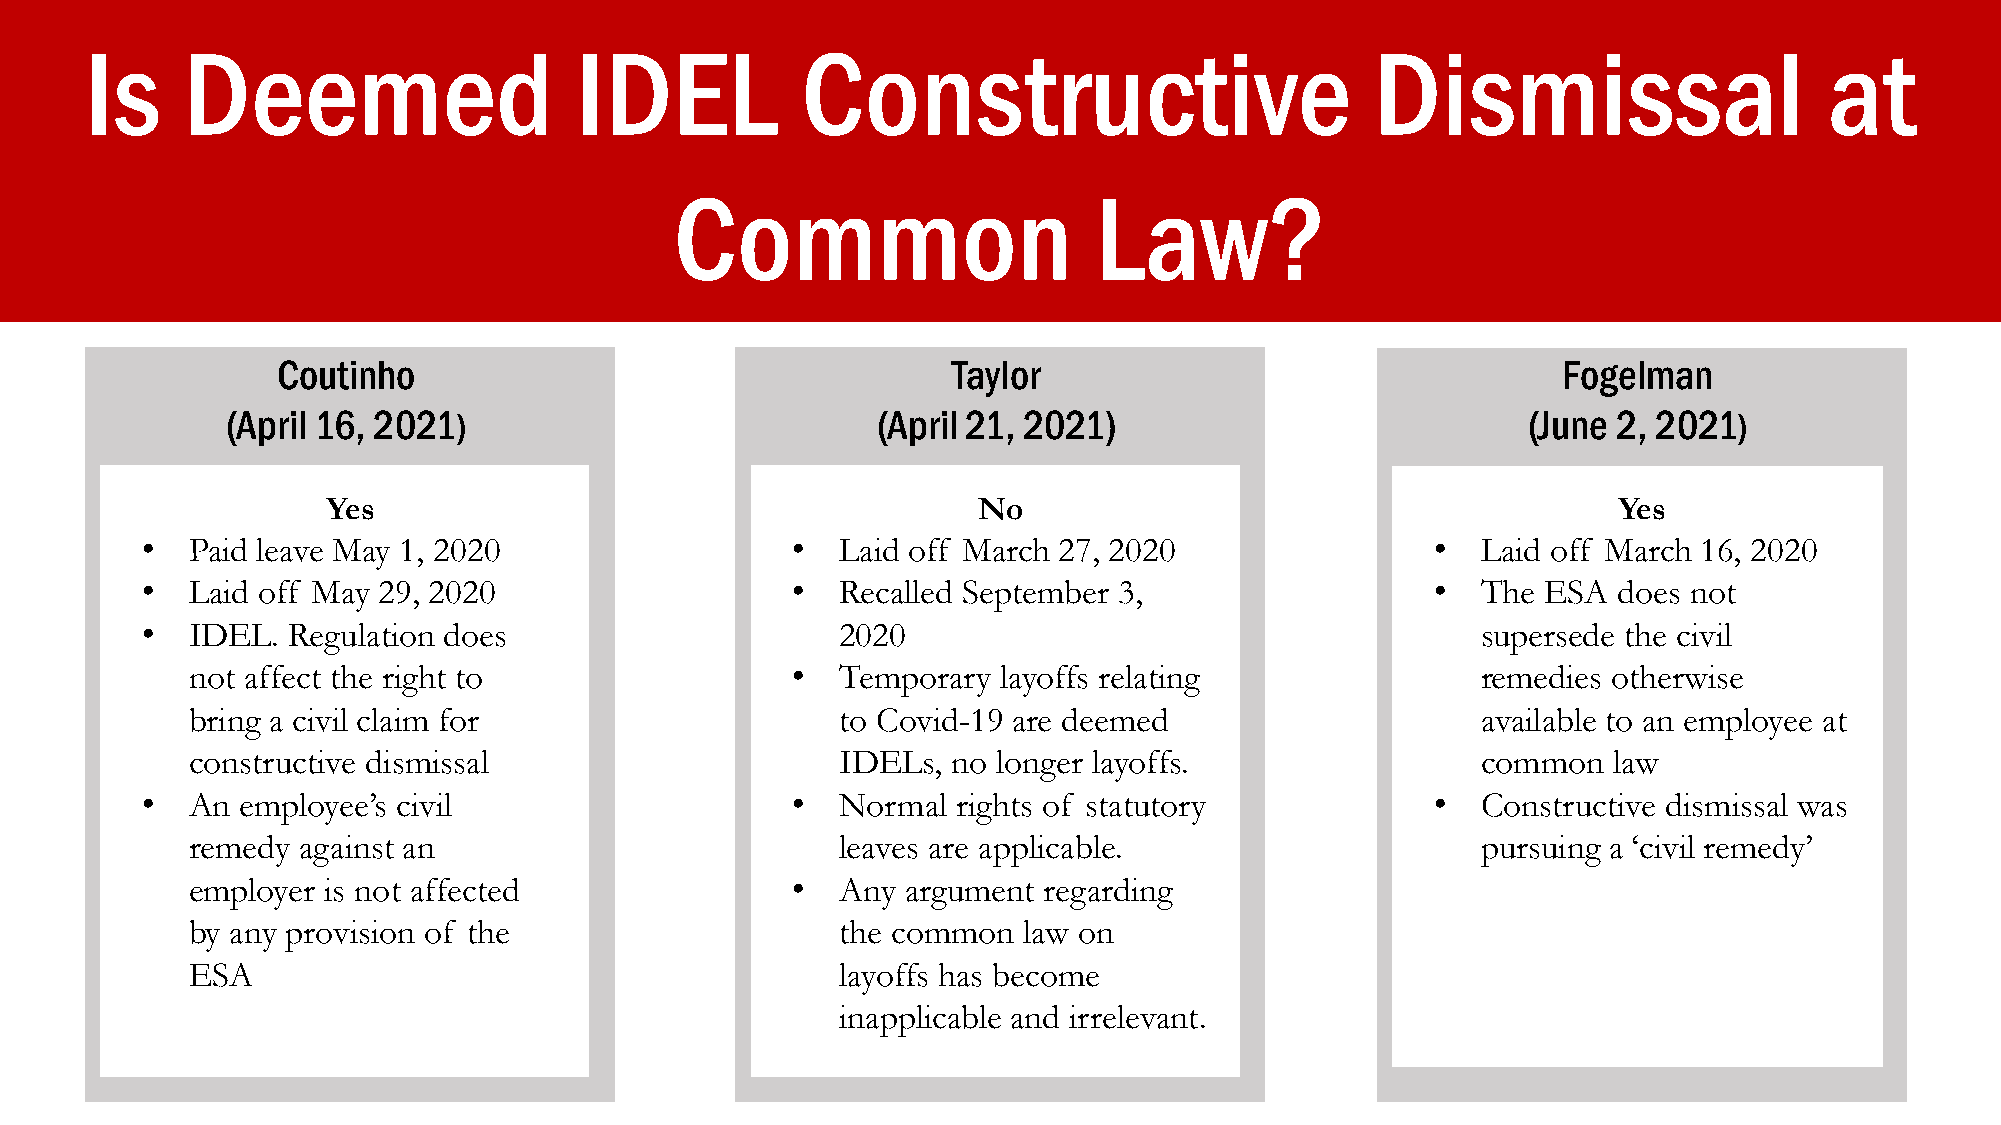
Is    Deemed                    IDEL           Constructive                          Dismissal                     at
 Common                     Law?
 Coutinho                                     Taylor                                  Fogelman
 (April 16, 2021)                           (April 21, 2021)                           (June 2, 2021)
 Yes                                        No                                        Yes
 •  Paid leave May 1, 2020                  •   Laid off March 27, 2020                •  Laid off March 16, 2020
 •  Laid off May 29, 2020                   •   Recalled September 3,                  •  The ESA  does not
 •  IDEL.  Regulation does                      2020                                      supersede the civil
 not affect the right to                 •   Temporary layoffs relating                remedies otherwise
 bring a civil claim for                     to Covid-19 are deemed                    available to an employee at
 constructive dismissal                      IDELs, no longer layoffs.                 common   law
 •  An  employee’s civil                    •   Normal rights of statutory             •  Constructive dismissal was
 remedy  against an                          leaves are applicable.                    pursuing a ‘civil remedy’
 employer is not affected                •   Any argument regarding
 by any provision of the                     the common  law on
 ESA                                         layoffs has become
 inapplicable and irrelevant.